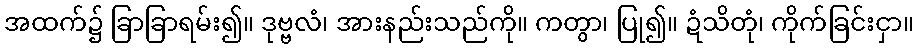
အထက်၌ ခြာခြာရမ်း၍။ ဒုဗ္ဗလံ၊ အားနည်းသည်ကို။ ကတွာ၊ ပြု၍။ ဍံသိတုံ၊ ကိုက်ခြင်းငှာ။